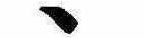
ゝ